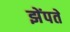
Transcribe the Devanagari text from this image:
झेंपते